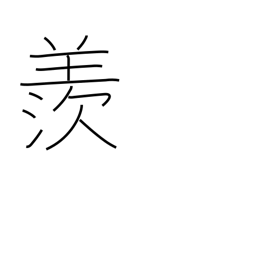
Meaning: envious